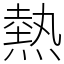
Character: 熱